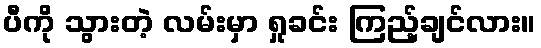
ပီကို သွားတဲ့ လမ်းမှာ ရှုခင်း ကြည့်ချင်လား။